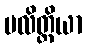
မလိတ္ထိယာ